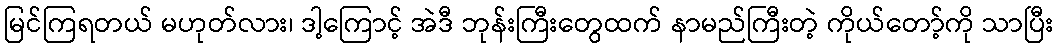
မြင်ကြရတယ် မဟုတ်လား၊ ဒါ့ကြောင့် အဲဒီ ဘုန်းကြီးတွေထက် နာမည်ကြီးတဲ့ ကိုယ်တော့်ကို သာပြီး